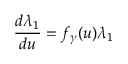
\frac { d \lambda _ { 1 } } { d u } = f _ { \gamma } ( u ) \lambda _ { 1 }